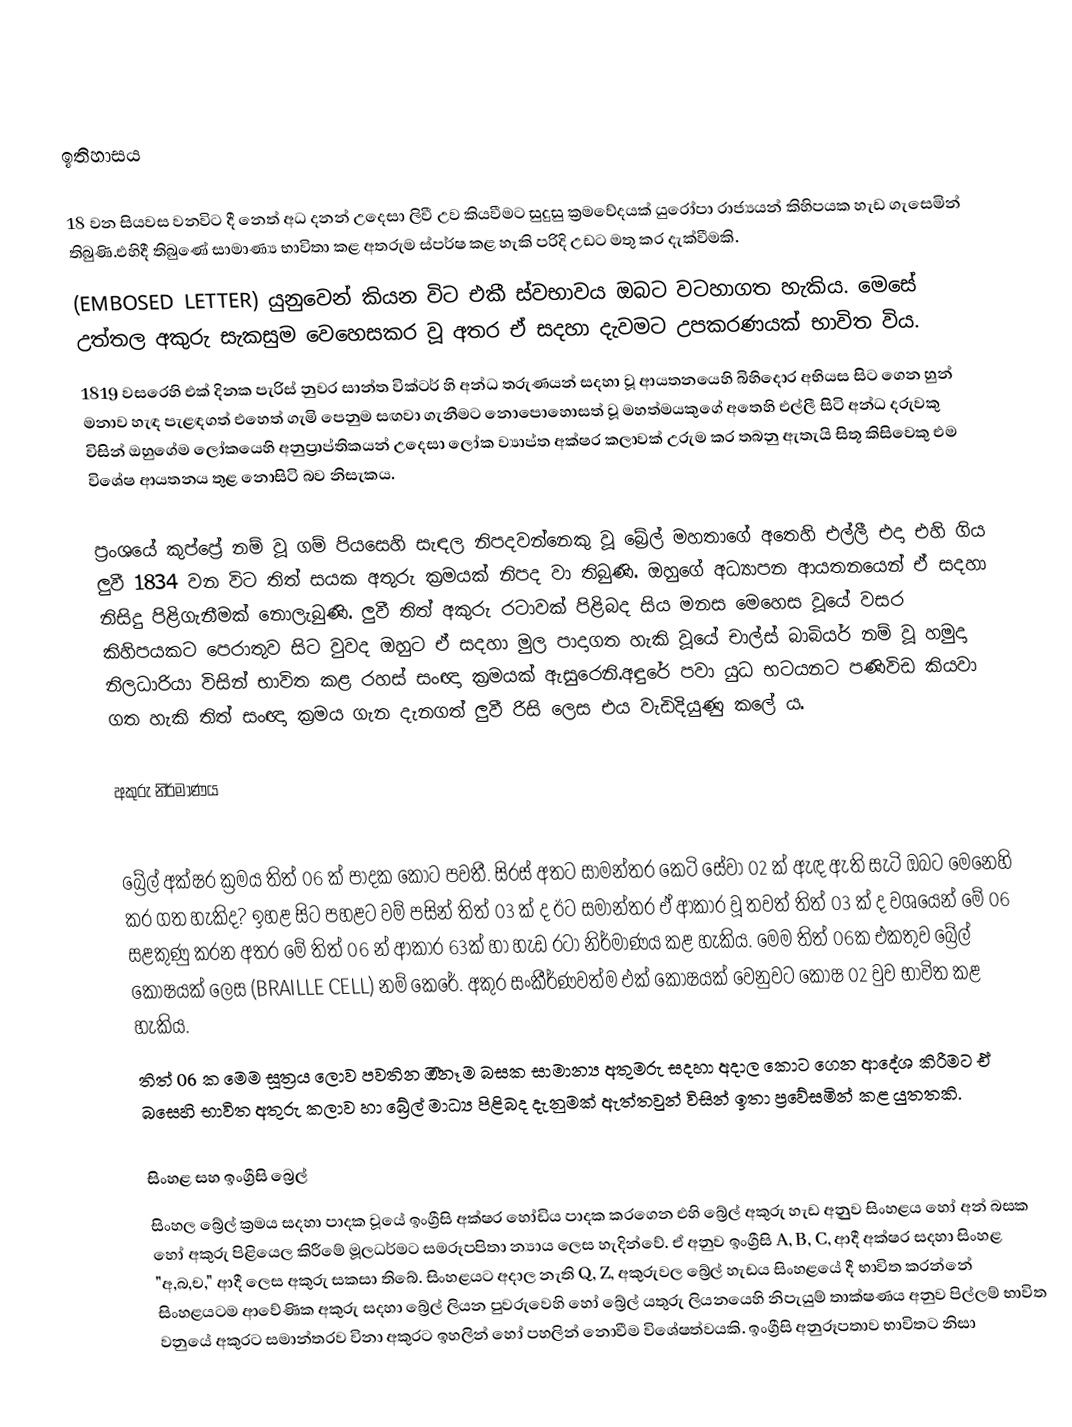

ඉතිහාසය

18 වන සියවස වනවිට දී නෙත් අධ දනන් උදෙසා ලිවී උව කියවීමට සුදුසු ක්‍රමවේදයක් යුරෝපා රාජ්‍යයන් කිහිපයක හැඩ ගැසෙමින් තිබුණි.එහිදී තිබුණේ සාමාණ්‍ය භාවිතා කළ අතරුම ස්පර්ෂ කළ හැකි පරිදි උඩට මතු කර දැක්වීමකි.
(EMBOSED LETTER) යුනුවෙන් කියන විට එකී ස්වභාවය ඔබට වටහාගත හැකිය. මෙසේ උත්තල අකුරු සැකසුම වෙහෙසකර වූ අතර ඒ සදහා දැවමට උපකරණයක් භාවිත විය.
1819 වසරෙහි එක් දිනක පැරිස් නුවර සාන්ත වික්ටර් හි අන්ධ තරුණයන් සදහා වූ ආයතනයෙහි බිහිදොර අභියස සිට ගෙන හුන් මනාව හැ‍ඳ පැළඳගත් එහෙත් ගැමි පෙනුම සඟවා ගැනීමට නොපොහොසත් වූ මහත්මයකුගේ අතෙහි එල්ලී සිටි අන්ධ දරුවකු විසින් ඔහුගේම ලෝකයෙහි අනුප්‍රාප්තිකයන් උ‍දෙසා ලෝක ව්‍යාප්ත අක්ෂර කලාවක් උරුම කර තබනු ඇතැයි සිතූ කිසිවෙකු එම විශේෂ ආයතනය තුළ නොසිටි බව නිසැකය.

ප්‍රංශයේ කුප්ප්‍රේ නම් වූ ගම් පියසෙහි සැඳල නිපදවන්නෙකු වූ බ්‍රේල් මහතාගේ අතෙහි එල්ලී එදා එහි ගිය ලුවී 1834 වන විට තිත් සයක අතුරු ක්‍රමයක් නිපද වා තිබුණි. ඔහුගේ අධ්‍යාපන ආයතනයෙන් ඒ සදහා නිසිදු පිළිගැනීමක් නොලැබුණි. ලුවී තිත් අකුරු රටාවක් පිළිබද සිය මනස මෙහෙස වූයේ වසර කිහිපයකට පෙරාතුව සිට වුවද ඔහුට ඒ සදහා  මුල පාදාගත හැකි වූයේ චාල්ස් බාබියර් නම් වූ හමුදා නිලධාරියා විසින් භාවිත කළ රහස් සං‍ඥා ක්‍රමයක් ඇසුරෙනි.අඳුරේ පවා යුධ භටයනට පණිවිඩ කියවා ගත හැකි තිත් සංඥා ක්‍රමය ගැන දැනගත් ලුවී රිසි ලෙස එය වැඩිදියුණු ක‍ලේ ය.

අකුරු නිර්මාණය

බ්‍රේල් අක්ෂර ක්‍රමය තිත් 06 ක් පාදක කොට පවතී. සිරස් අතට සාමන්තර කෙටි සේවා 02 ක් ඇඳ ඇති සැටි ඔබට මෙනෙහි කර ගත හැකිද? ඉහළ සිට පහළට වම් පසින් තිත් 03 ක් ද ඊට සමාන්තර ඒ ආකාර වූ තවත් තිත් 03 ක් ද වශයෙන් මේ 06 සළකුණු  කරන අතර මේ තිත් 06 න් ආකාර 63ක් හා හැඩ රටා නිර්මාණය කළ හැකිය. මෙම තිත් 06ක එකතුව බ්‍රේල් කෝෂයක් ලෙස (BRAILLE CELL) නම් කෙරේ. අකුර සංකීර්ණවත්ම එක් කෝෂයක් වෙනුවට කෝෂ 02 වුව භාවිත කළ හැකිය.
		තිත් 06 ක මෙම සූත්‍රය ලොව පවතින ඔීනෑම බසක සාමාන්‍ය අතුමරු සදහා අදාල කොට ගෙන ආදේශ කිරීමට ඒ බසෙහි භාවිත අතුරු කලාව හා බ්‍රේල් මාධ්‍ය පිළිබද දැනුමක් ඇත්තවුන් විසින්  ඉතා ප්‍රවේසමින් කළ යුතතකි.

සිංහළ සහ ඉංග්‍රීසි බ්‍රෙල්
සිංහල බ්‍රේල් ක්‍රමය සදහා පාදක වූයේ ඉංග්‍රීසි අක්ෂර හෝඩිය පාදක කරගෙන එහි බ්‍රේල් අකුරු හැඩ අනුුව සිංහළය හෝ අන් බසක හෝ අකුරු පිළියෙල කිරීමේ මූලධර්මට සමරූපපිතා න්‍යාය ලෙස හැදින්වේ. ඒ අනුව ඉංග්‍රීසි  A, B, C, ආදී අක්ෂර සදහා සිංහළ "අ,බ,ච," ආදී ලෙස අකුරු සකසා තිබේ. සිංහළයට අදාල නැති Q, Z, අකුරුවල බ්‍රේල් හැඩය සිංහළයේ දී භාවිත කරන්නේ සිංහළයටම ආවේණික  අකුරු සදහා බ්‍රේල් ලියන පුවරුවෙහි හෝ බ්‍රේල් යතුරු ලියනයෙහි නිපැයුම් තාක්ෂණය  අනුව පිල්ලම් භාවිත වනුයේ අකුරට සමාන්තරව විනා අකුරට ඉහලින් හෝ පහලින් නොවීම විශේෂත්වයකි. ඉංග්‍රීසි අනුරූපතාව භාවිතට නිසා